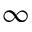
\infty